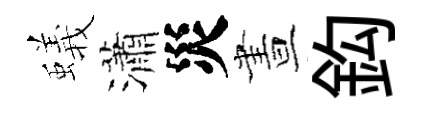
蟻瀟災晝鈎